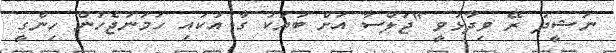
ނަޝީދު ރޭ ވިދާޅުވީ "ޖަލްސާ އަށް ބަޔަކު ގާ އުކައި ހަމަނުޖެހުން ހިންގީ